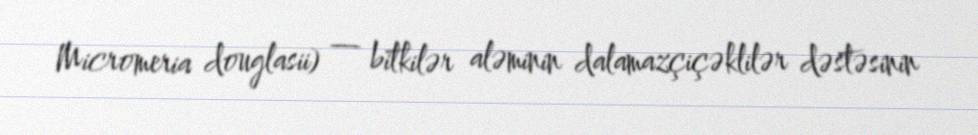
Micromeria douglasii) — bitkilər aləminin dalamazçiçəklilər dəstəsinin